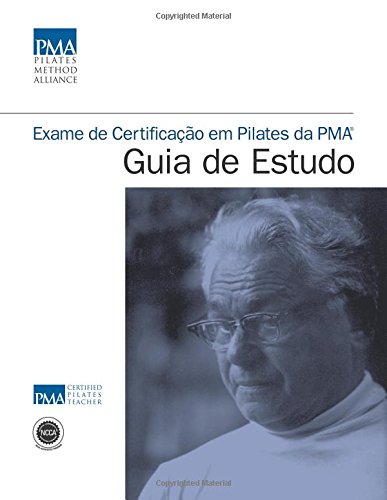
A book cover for Exame de CertificaÃ§Ã£o em Pilates da PMAÂ® Guia de Estudo (Portuguese Edition); Deborah Lessen; Health, Fitness & Dieting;